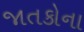
જાતકોના